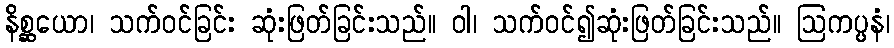
နိစ္ဆယော၊ သက်ဝင်ခြင်း ဆုံးဖြတ်ခြင်းသည်။ ဝါ၊ သက်ဝင်၍ဆုံးဖြတ်ခြင်းသည်။ ဩကပ္ပနံ၊